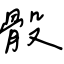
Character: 骰